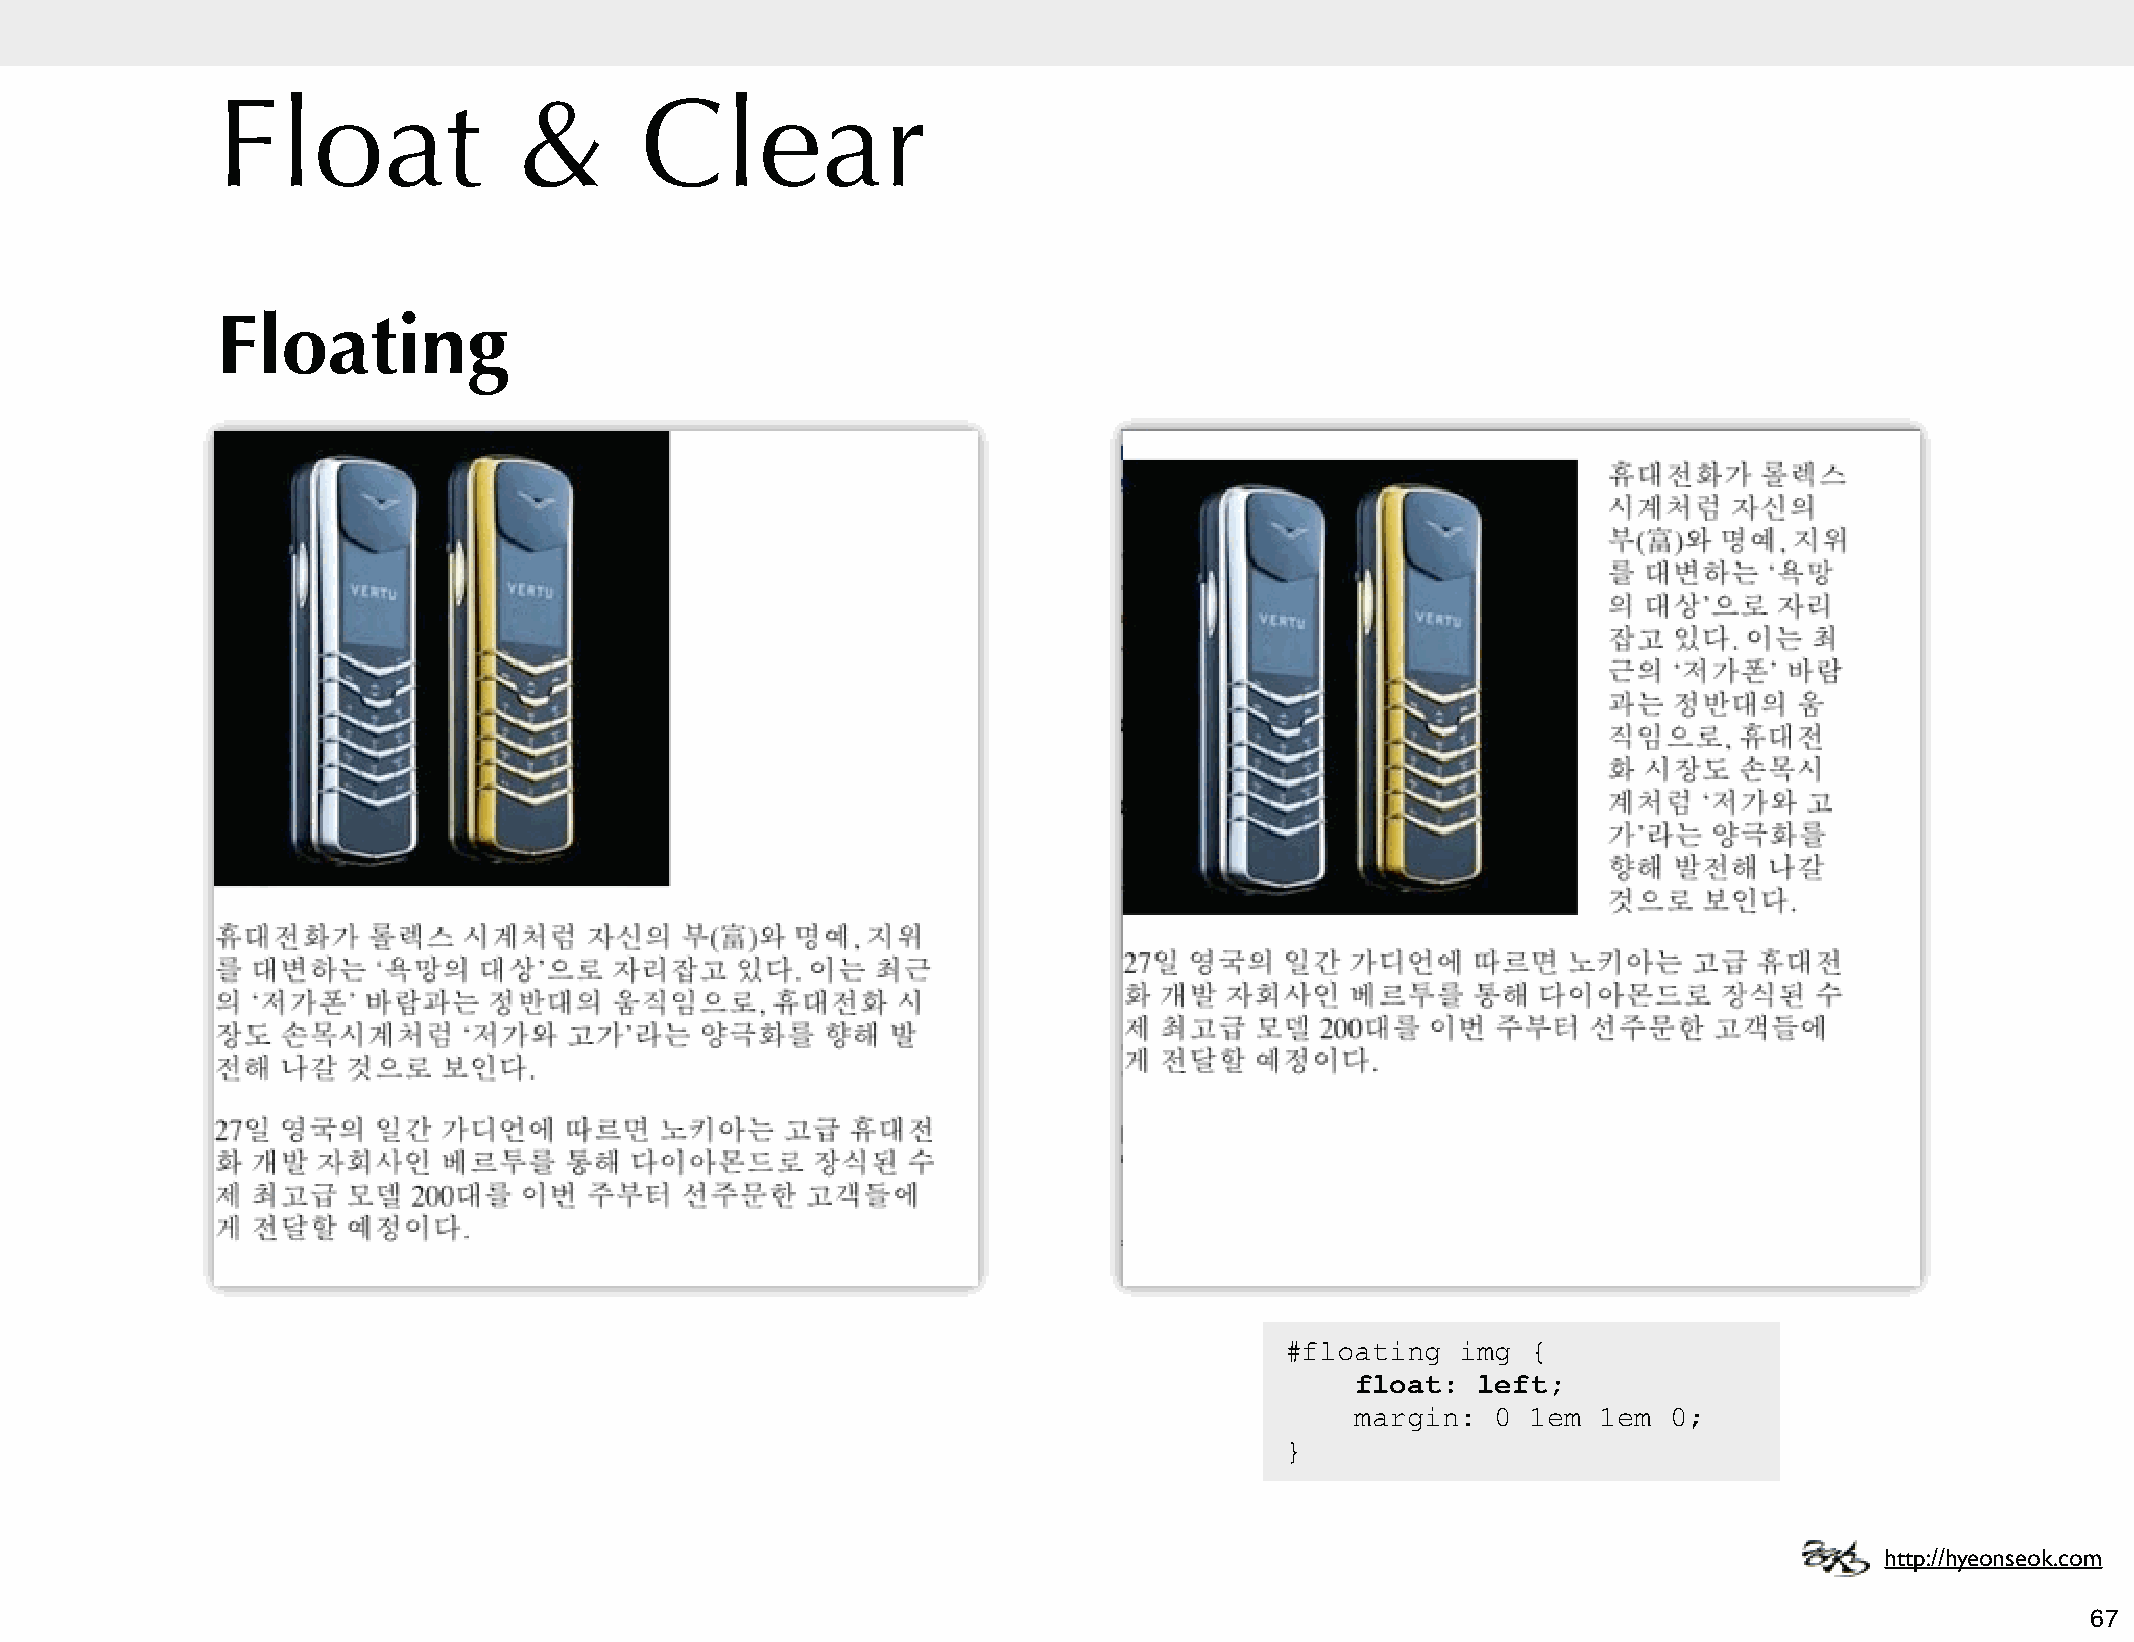
Float               &       Clear
 Floating
 #floating   img {
 float:  left;
 margin:  0 1em  1em  0;
 }
 http://hyeonseok.com
 67